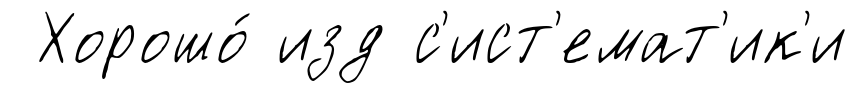
Хорошо́ изд с'ист'емат'ик'и